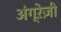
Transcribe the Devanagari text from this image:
अंग्रे़ज़ी